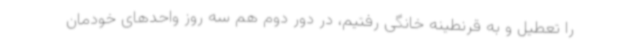
را تعطیل و به قرنطینه خانگی رفتیم، در دور دوم هم سه روز واحدهای خودمان